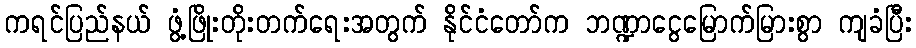
ကရင်ပြည်နယ် ဖွံ့ဖြိုးတိုးတက်ရေးအတွက် နိုင်ငံတော်က ဘဏ္ဍာငွေမြောက်မြားစွာ ကျခံပြီး